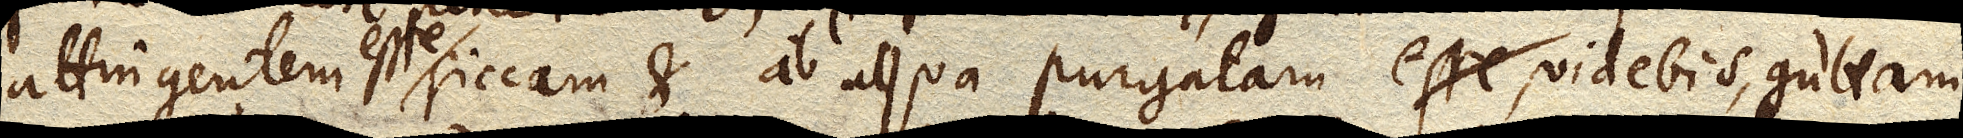
attingentem esse siccam et ab aqua purgatam, videbis, guttam